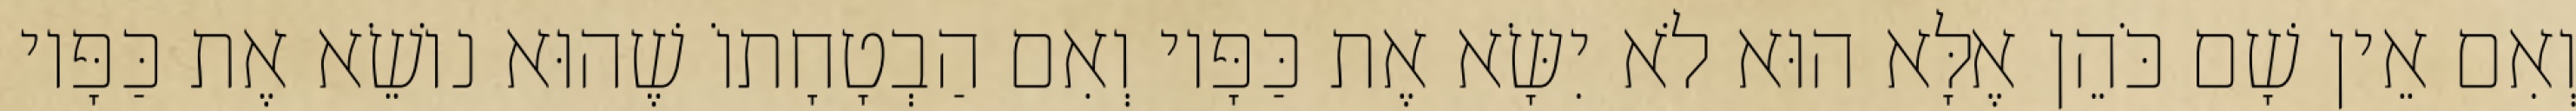
וְאִם אֵין שָׁם כֹּהֵן אֶלָּא הוּא לֹא יִשָּׂא אֶת כַּפָּיו וְאִם הַבְטָחָתוֹ שֶׁהוּא נוֹשֵׂא אֶת כַּפָּיו